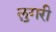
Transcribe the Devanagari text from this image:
लुगरी